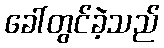
ခေါ်တွင်ခဲ့သည်